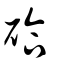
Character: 硆